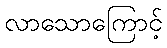
လာသောကြောင့်